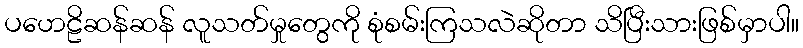
ပဟေဠိဆန်ဆန် လူသတ်မှုတွေကို စုံစမ်းကြသလဲဆိုတာ သိပြီးသားဖြစ်မှာပါ။